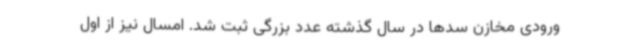
ورودی مخازن سدها در سال گذشته عدد بزرگی ثبت شد. امسال نیز از اول